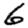
Digit: 6